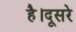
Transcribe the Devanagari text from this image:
है।दूसरे